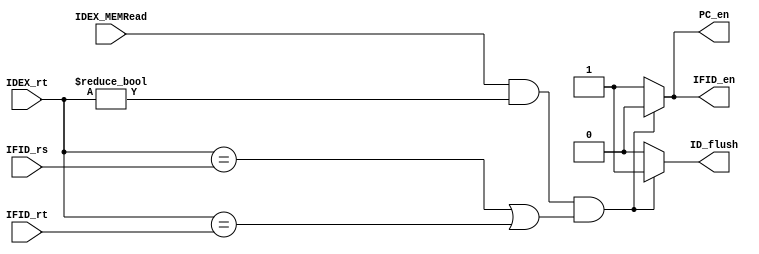
module hzd(IFID_rs,IFID_rt,IDEX_rt,IDEX_MEMRead,PC_en,IFID_en,ID_flush);

  input [4:0] IFID_rs;
  input [4:0] IFID_rt;
  input [4:0] IDEX_rt;
  input IDEX_MEMRead;
  output reg PC_en;
  output reg IFID_en;
  output reg ID_flush;

always@(IFID_rs,IFID_rt,IDEX_rt,IDEX_MEMRead)
  if(IDEX_MEMRead == 1&&IDEX_rt != 0&&(IDEX_rt == IFID_rs||IDEX_rt == IFID_rt))
    begin
      PC_en = 1'b0;
      IFID_en = 1'b0;
      ID_flush = 1'b1;
    end
  else
    begin
      PC_en = 1'b1;
      IFID_en = 1'b1;
      ID_flush = 1'b0;
    end

endmodule